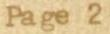
Page 2